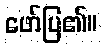
ဖော်ပြ၏။